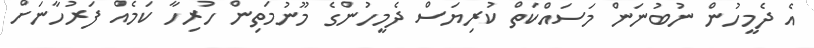
އެ ދެމީހުން ނުބުނަން މަސައްކަތް ކުރިޔަސް ދެމީހުންގެ މޫނުމަތިން ހުރިހާ ކަމެއް ފަރުހާނަށް